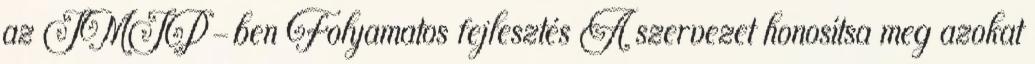
az IMIP-ben Folyamatos fejlesztés A szervezet honosítsa meg azokat